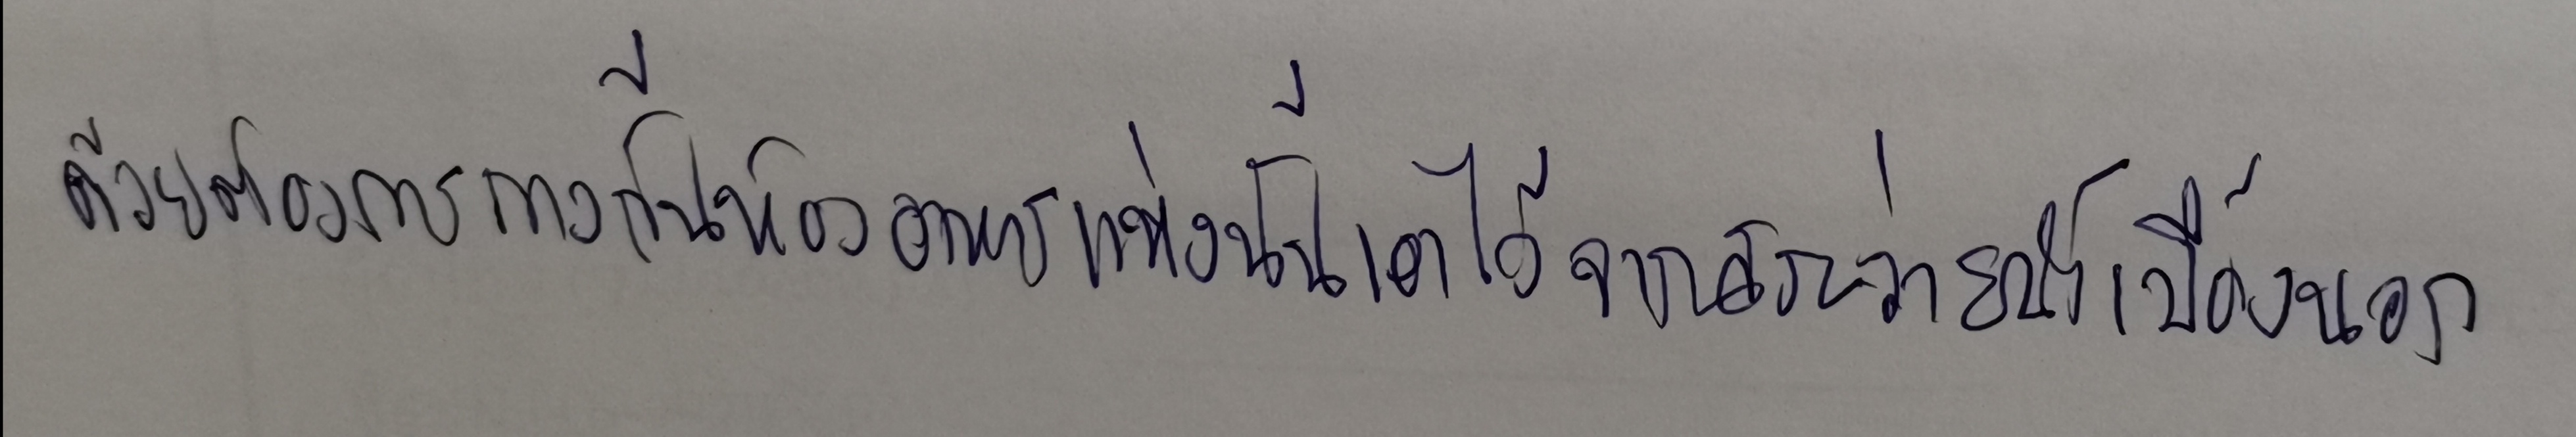
ด้วยต้องการกางกั้นห้องอาหารแห่งนั้นเอาไว้จากสระว่ายน้ำเบื้องนอก